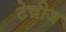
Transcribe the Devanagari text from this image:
टेन्नीज